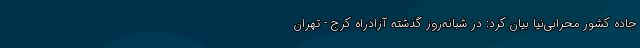
جاده کشور محرابی‌نیا بیان کرد: در شبانه‌روز گذشته آزادراه کرج - تهران